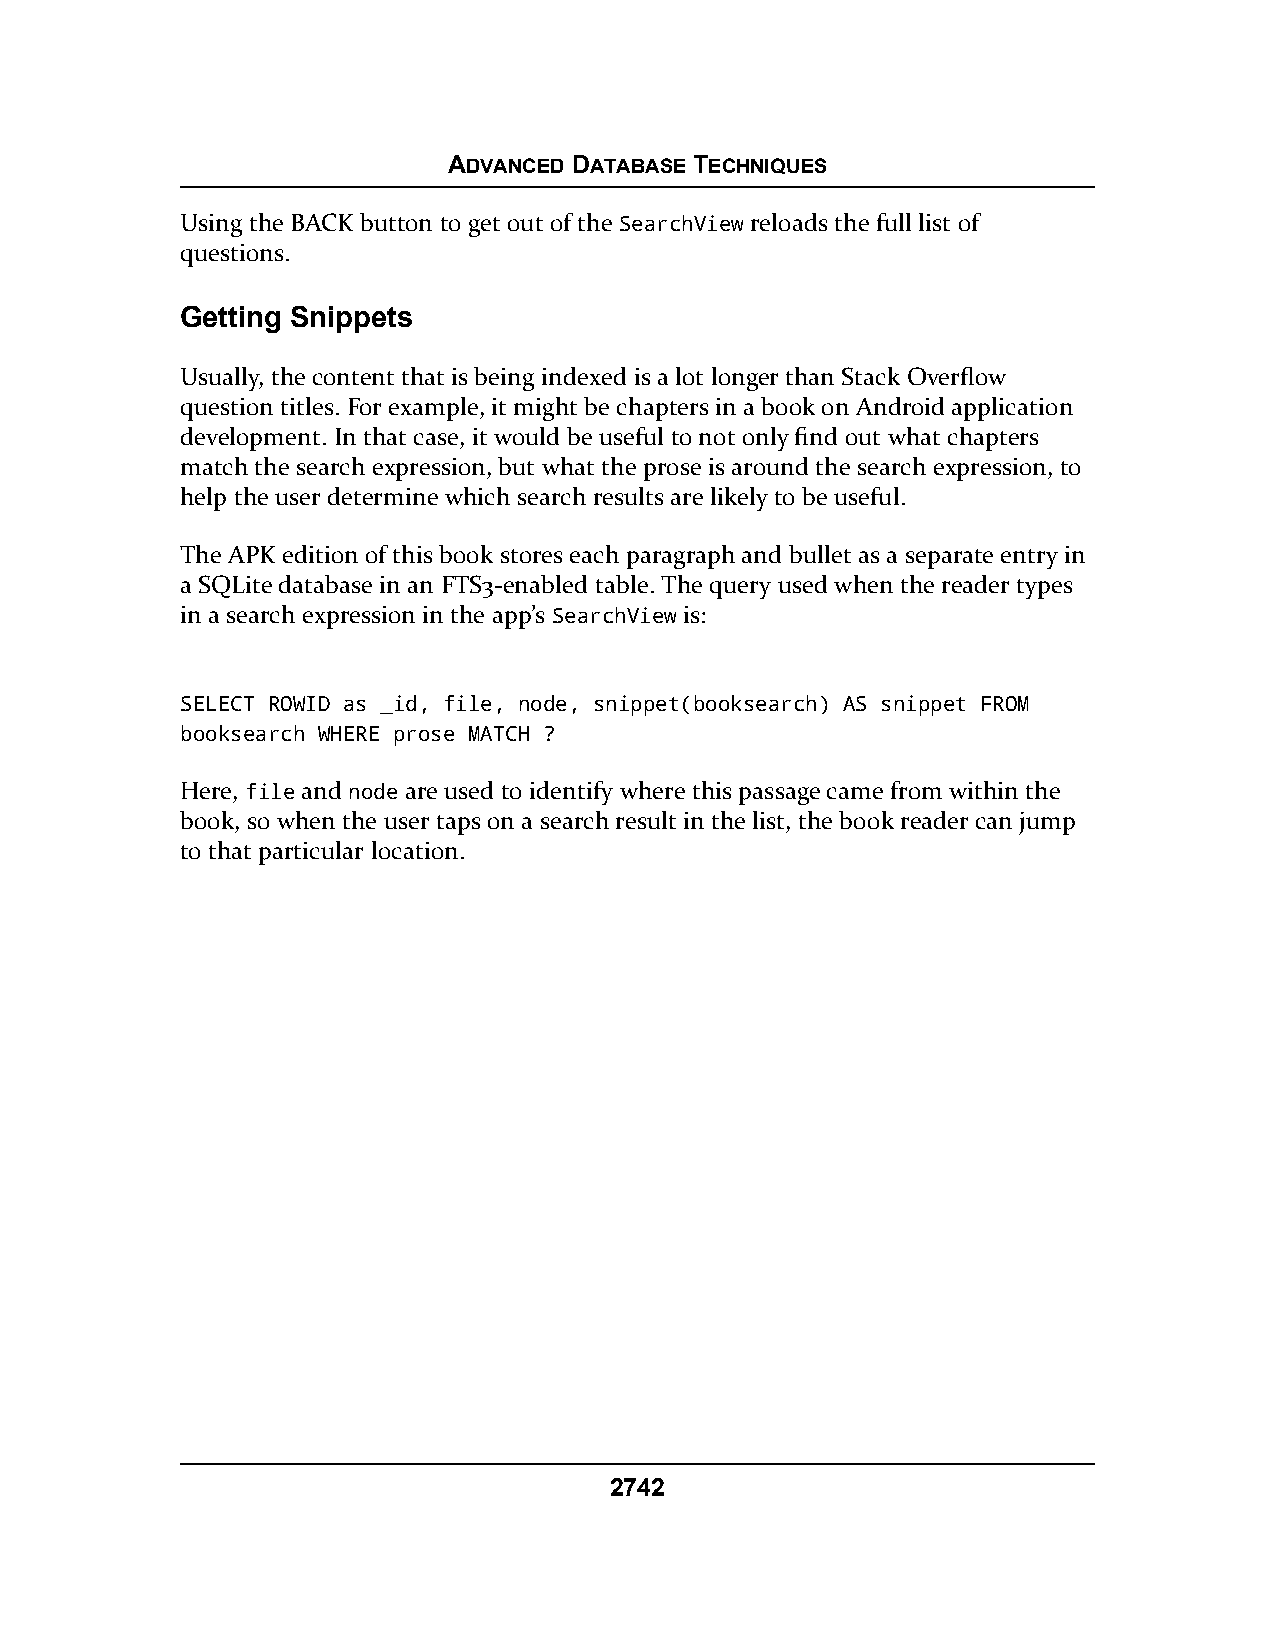
ADVANCED DATABASE TECHNIQUES
 Using the BACK button to get out of the SearchView reloads the full list of
 questions.
 Getting Snippets
 Usually, the content that is being indexed is a lot longer than Stack Overflow
 question titles. For example, it might be chapters in a book on Android application
 development. In that case, it would be useful to not only find out what chapters
 match the search expression, but what the prose is around the search expression, to
 help the user determine which search results are likely to be useful.
 The APK edition of this book stores each paragraph and bullet as a separate entry in
 a SQLite database in an FTS3-enabled table. The query used when the reader types
 in a search expression in the app’s SearchView is:
 SELECT ROWID as _id, file, node, snippet(booksearch) AS snippet FROM
 booksearch WHERE prose MATCH ?
 Here, file and node are used to identify where this passage came from within the
 book, so when the user taps on a search result in the list, the book reader can jump
 to that particular location.
 2742